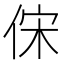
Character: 俕